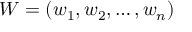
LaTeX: W = ( w _ { 1 } , w _ { 2 } , \dots , w _ { n } )